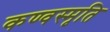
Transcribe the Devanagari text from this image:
कण्वस्मृति